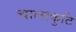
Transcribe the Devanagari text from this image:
चालाकुटि